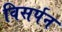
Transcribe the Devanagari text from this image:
विसर्पन